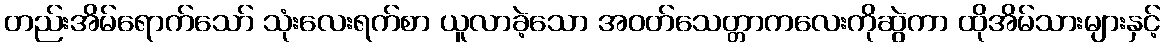
တည်းအိမ်ရောက်သော် သုံးလေးရက်စာ ယူလာခဲ့သော အဝတ်သေတ္တာကလေးကိုဆွဲကာ ထိုအိမ်သားများနှင့်